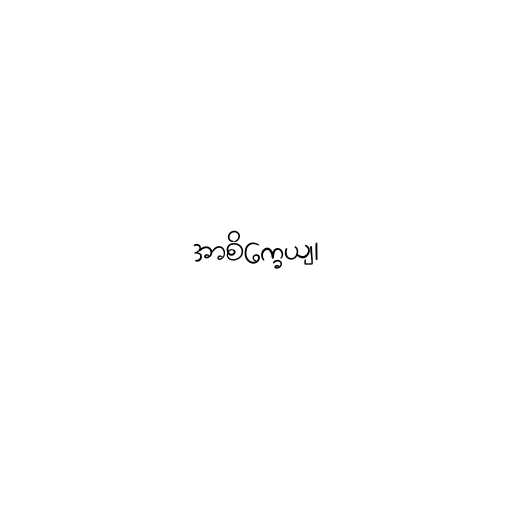
အာစိက္ခေယျ၊